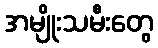
အမျိုးသမီးတွေ